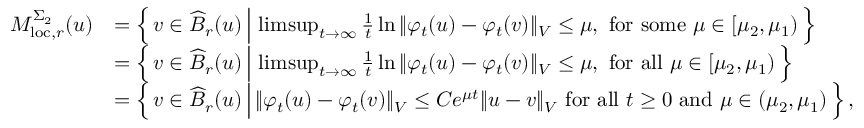
\begin{array} { r l } { M _ { \mathrm { l o c } , r } ^ { \Sigma _ { 2 } } ( u ) } & { = \left\{ \, v \in \widehat { B } _ { r } ( u ) \, \Big \vert \, \operatorname* { l i m s u p } _ { t \to \infty } \frac { 1 } { t } \ln { \Vert \varphi _ { t } ( u ) - \varphi _ { t } ( v ) \Vert _ { V } } \leq \mu , \mathrm { ~ f o r ~ s o m e ~ } \mu \in [ \mu _ { 2 } , \mu _ { 1 } ) \, \right\} } \\ & { = \left\{ \, v \in \widehat { B } _ { r } ( u ) \, \Big \vert \, \operatorname* { l i m s u p } _ { t \to \infty } \frac { 1 } { t } \ln { \Vert \varphi _ { t } ( u ) - \varphi _ { t } ( v ) \Vert _ { V } } \leq \mu , \mathrm { ~ f o r ~ a l l ~ } \mu \in [ \mu _ { 2 } , \mu _ { 1 } ) \, \right\} } \\ & { = \left\{ \, v \in \widehat { B } _ { r } ( u ) \, \Big \vert \, \Vert \varphi _ { t } ( u ) - \varphi _ { t } ( v ) \Vert _ { V } \leq C e ^ { \mu t } \Vert u - v \Vert _ { V } \mathrm { ~ f o r ~ a l l ~ } t \geq 0 \mathrm { ~ a n d ~ } \mu \in ( \mu _ { 2 } , \mu _ { 1 } ) \, \right\} , } \end{array}